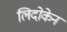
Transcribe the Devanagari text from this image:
लिदोकेन